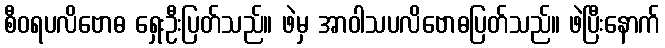
စီဝရပလိဗောဓ ရှေးဦးပြတ်သည်။ ဖဲမှ အာဝါသပလိဗောဓပြတ်သည်။ ဖဲပြီးနောက်